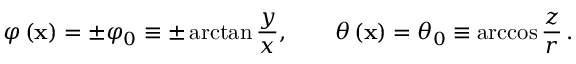
\varphi \left( { \bf x } \right) = \pm \varphi _ { 0 } \equiv \pm \arctan \frac { y } { x } , \qquad \theta \left( { \bf x } \right) = \theta _ { 0 } \equiv \operatorname { a r c c o s } \frac { z } { r } \, .